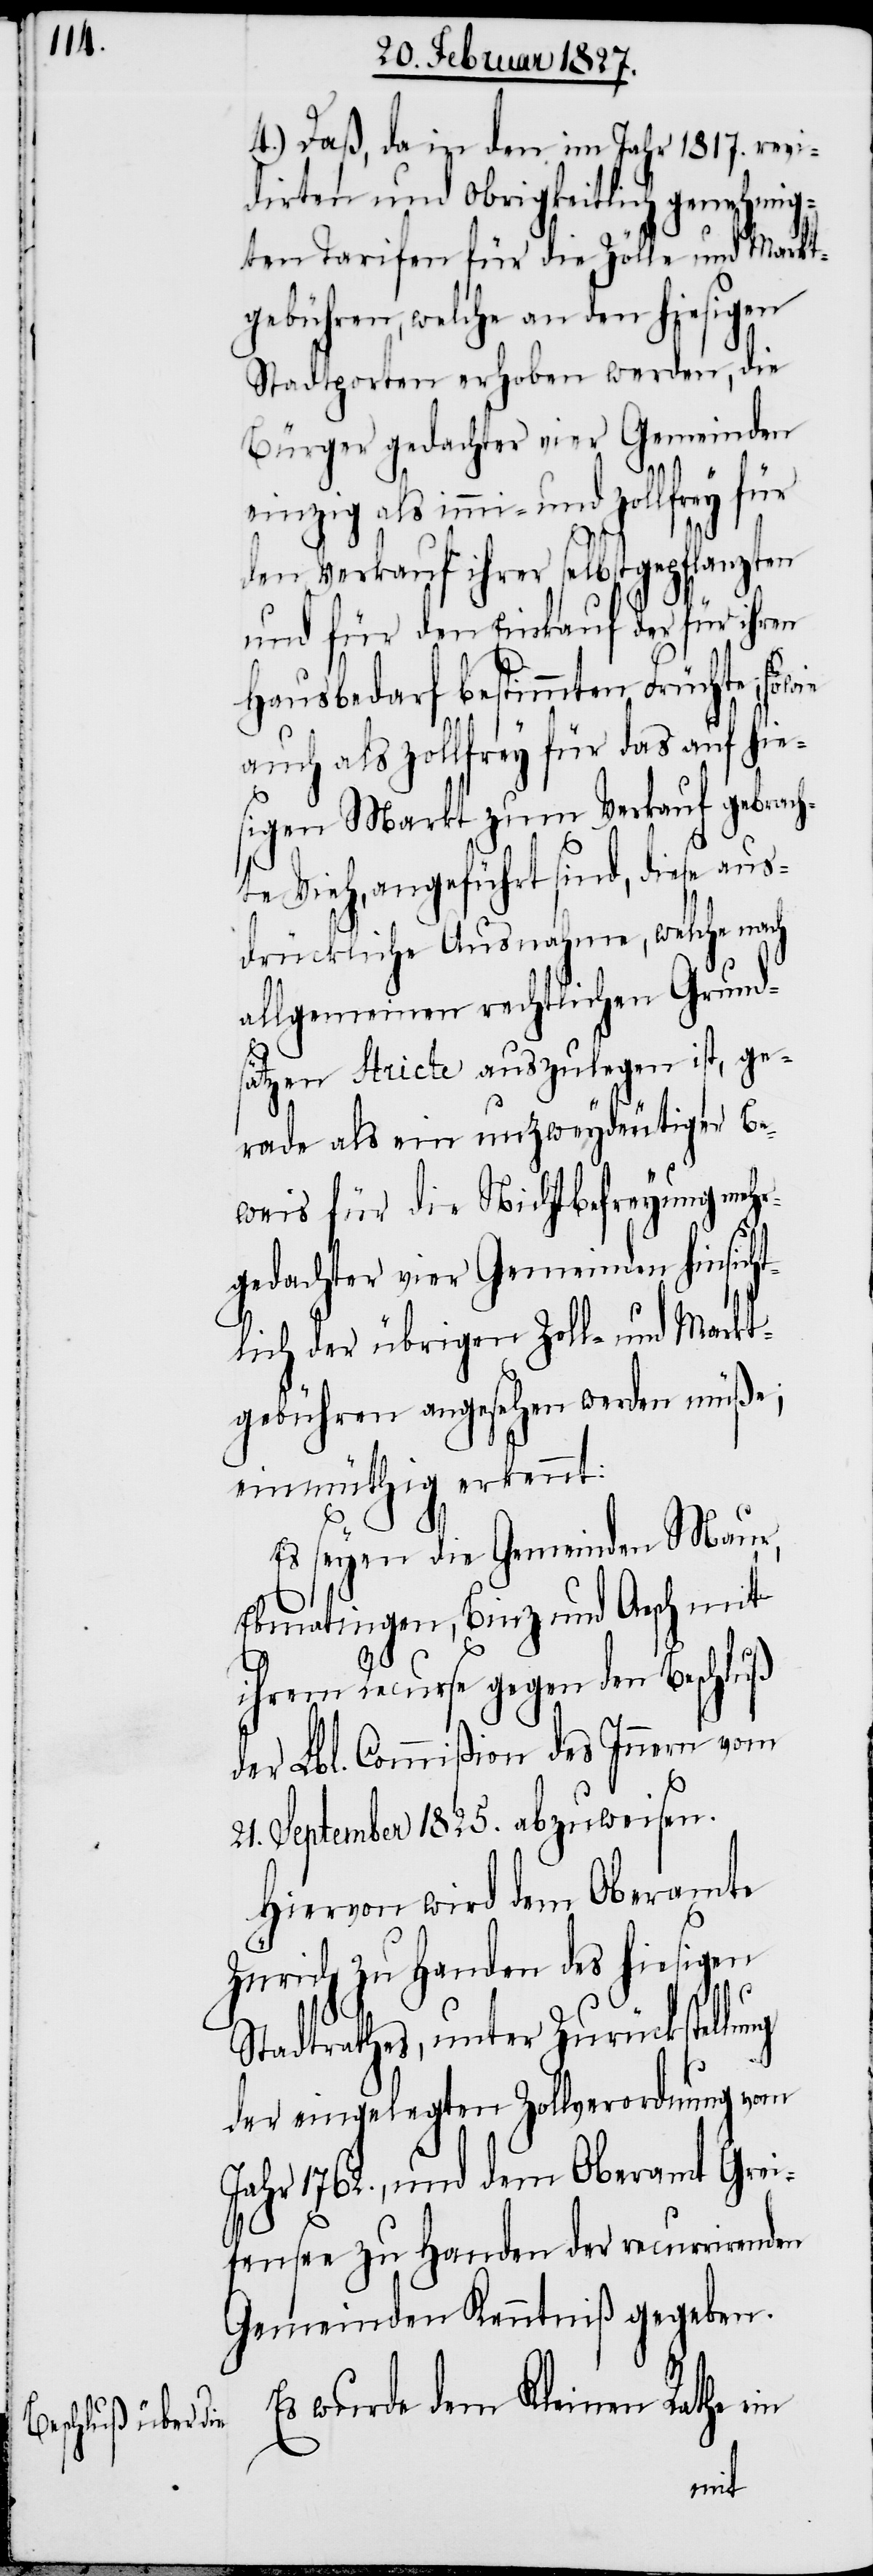
4.) Daß, da in den im Jahr 1817. revi¬
dirten und Obrigkeitlich genehmig¬
ten Tarifen für die Zölle und Markt¬
gebühren, welche an den hiesigen
Stadtporten erhoben werden, die
Bürger gedachter vier Gemeinden
einzig als immi- und zollfrey für
den Verkauf ihrer selbstgepflanzten
und für den Einkauf der für ihren
Hausbedarf bestimmten Früchte; sowie
auch als zollfrey für das auf hie¬
sigen Markt zum Verkauf gebrach¬
te Vieh, angeführt sind, diese aus¬
drückliche Ausnahme, welche nach
allgemeinen rechtlichen Grund¬
sätzen stricte auszulegen ist, ge¬
rade als ein unzweydeutiger Be¬
weis für die Nichtbefreyung mehr¬
gedachter vier Gemeinden hinsich¬
tlich der übrigen Zoll- und Markt¬
gebühren angesehen werden müße,
einmüthig erkennt:
Es seyen die Gemeinden Maur,
Ebmatingen, Binz und Aesch mit
ihrem Recurse gegen den Beschluß
der Lbl. Commißion des Innern vom
21. September 1825. abzuweisen.
Hiervon wird dem Oberamte
Zürich zu Handen des hiesigen
Stadtrathes, unter Zurückstellung
der eingelegten Zollverordnung vom
Jahr 1762., und dem Oberamt Grei¬
fensee zu Handen der recurrirenden
Gemeinden Kenntniß gegeben.
Es wurde dem Kleinen Rathe ein